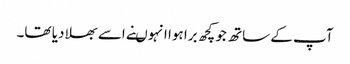
آپ کے ساتھ جو کچھ برا ہوا انہوںنے اسے بھلا دیا تھا۔